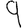
Digit: 9